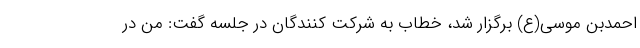
احمدبن موسی(ع) برگزار شد، خطاب به شرکت کنندگان در جلسه گفت: من در